Annual statistical returns and brief notes on vaccination in Bengal - 1909-1929
Year: 1909
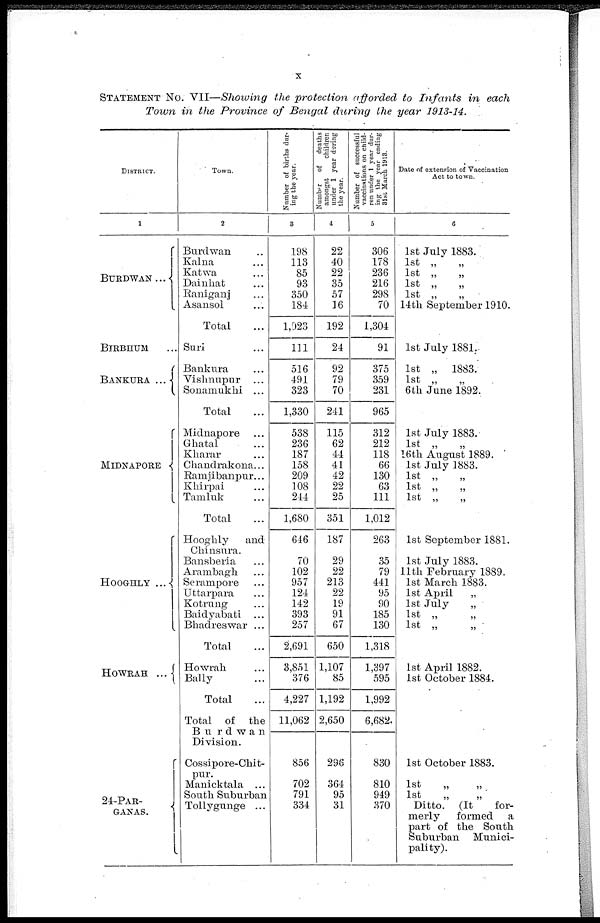
x
STATEMENT No. VII—Showing the protection afforded to Infants in each
Town in the Province of Bengal during the year 1913-14.
DISTRICTS
1
BURDWAN...
BIRBHUM ...
BANKURA ...
MIDNAPORE
HOOGHLY ...
HOWRAH ...
24-PAR¬
GANAS.
Town.
2
Burdwan ...
Kalna ...
Katwa ...
Dainhat ...
Raniganj ...
Asansol ...
Total ...
Suri ...
Bankura ...
Vishnupur ...
Sonamukhi ...
Total ...
Midnapore ...
Ghatal ...
Kharar ...
Chandrakona...
Ramjibanpur...
Khirpai ...
Tamluk ...
Total ...
Hooghly
and
Chinsura.
Bansberia ...
Arambagh ...
Serampore ...
Uttarpara ...
Kotrung ...
Baidyabati ...
Bhadreswar ...
Total ...
Howrah ...
Bally ...
Total ...
Total of the
Burdwan
Division.
Cossipore-Chit¬
pur.
Manicktala ...
South Suburban
Tollygunge ...
Number of births dur¬
ing the year.
3
198
113
85
93
350
184
1,023
111
516
491
323
1,330
538
236
187
158
209
108
244
1,680
646
70
102
957
124
142
393
257
2,691
3,851
376
4,227
11,062
856
702
791
334
Number
of
deaths
amongst
children
under 1 year during
the year.
4
22
40
22
35
57
16
192
24
92
79
70
241
115
62
44
41
42
22
25
351
187
29
22
213
22
19
91
67
650
1,107
85
1,192
2,650
296
364
95
31
Number of successful
vaccinations on child-
ren under 1 year dur-
ing the year ending
31st March 1913.
5
306
178
236
216
298
70
1,304
91
375
359
231
965
312
212
118
66
130
63
111
1,012
263
35
79
441
95
90
185
130
1,318
1,397
595
1,992
6,682
830
810
949
370
Date of extension of Vaccination
Act to town.
6
1st July 1883.
1st „
„
1st „
„
1st „
„
1st „
„
14th September 1910.
1st July 1881.
1st „ 1883.
1st „
„
6th June 1892.
1st July 1883.
1st „ „
16th August 1889.
1st July 1883.
1st „
„
1st „ „
1st „ „
1st September 1881.
1st July 1883.
11th February 1889.
1st March 1883.
1st April
„
1st July
„
1st „
„
1st „ „
1st April 1882.
1st October 1884.
1st October 1883.
1st
„
„
1st
„
„
Ditto. (It
for-
merly
formed a
part of the South
Suburban Munici-
pality).